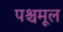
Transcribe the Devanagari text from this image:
पश्चमूल